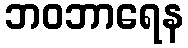
ဘဝဘာရေန